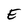
Character: E